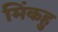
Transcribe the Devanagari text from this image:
मिंकहु